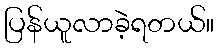
ပြန်ယူလာခဲ့ရတယ်။